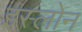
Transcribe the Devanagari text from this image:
इस्लोन